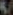
/